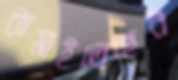
কমাইতেছেন